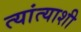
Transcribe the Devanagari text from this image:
त्यांत्याशी